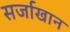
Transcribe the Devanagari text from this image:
सर्जाखान